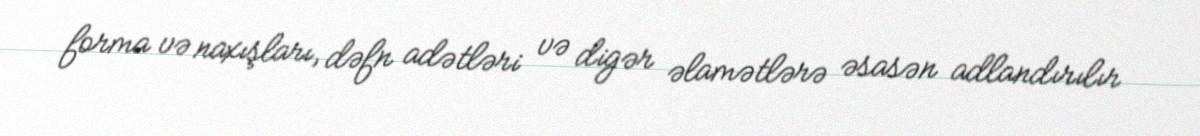
forma və naxışları, dəfn adətləri və digər əlamətlərə əsasən adlandırılır